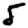
Digit: 5